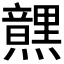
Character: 𮮜